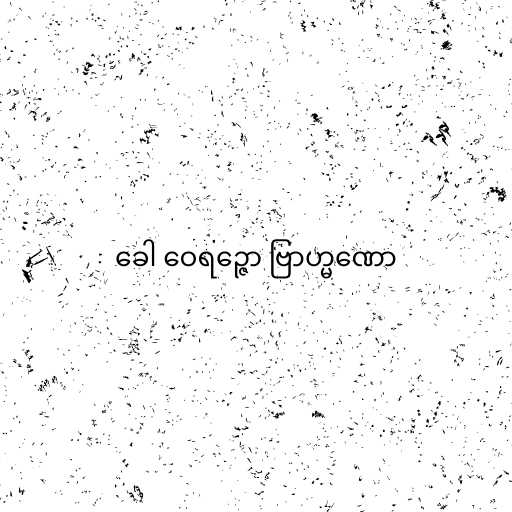
ခေါ ဝေရဉ္ဇော ဗြာဟ္မဏော